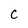
Character: C